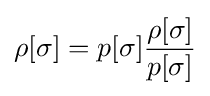
\rho [\sigma ]=p[\sigma ]{\frac {\rho [\sigma ]}{p[\sigma ]}}